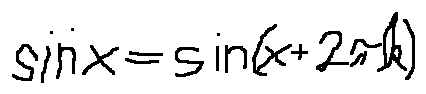
\sin x = \sin ( x + 2 \pi k )